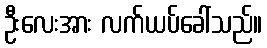
ဦးလေးအား လက်ယပ်ခေါ်သည်။